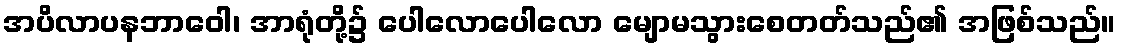
အပိလာပနဘာဝေါ၊ အာရုံတို့၌ ပေါလောပေါလော မျောမသွားစေတတ်သည်၏ အဖြစ်သည်။